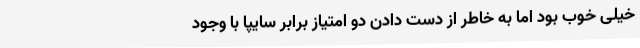
خیلی خوب بود اما به خاطر از دست دادن دو امتیاز برابر سایپا با وجود